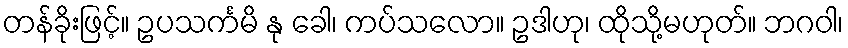
တန်ခိုးဖြင့်။ ဥပသင်္ကမိ နု ခေါ၊ ကပ်သလော။ ဥဒါဟု၊ ထိုသို့မဟုတ်။ ဘဂဝါ၊